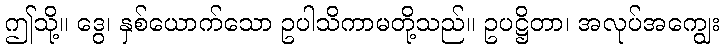
ဤသို့။ ဒွေ၊ နှစ်ယောက်သော ဥပါသိကာမတို့သည်။ ဥပဋ္ဌိတာ၊ အလုပ်အကျွေး